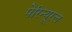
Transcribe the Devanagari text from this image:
पेरिन्यूरल